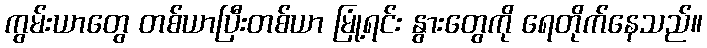
ကွမ်းယာတွေ တစ်ယာပြီးတစ်ယာ မြုံ့ရင်း နွားတွေကို ရေတိုက်နေသည်။